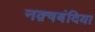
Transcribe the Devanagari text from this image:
नक़्षबंदिया